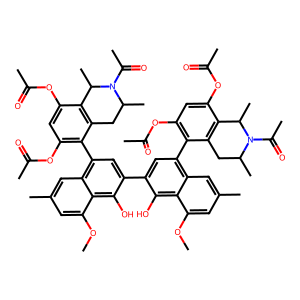
SMILES: COc1cc(C)cc2c(-c3c(OC(C)=O)cc(OC(C)=O)c4c3CC(C)N(C(C)=O)C4C)cc(-c3cc(-c4c(OC(C)=O)cc(OC(C)=O)c5c4CC(C)N(C(C)=O)C5C)c4cc(C)cc(OC)c4c3O)c(O)c12
Inhibits HIV replication: No